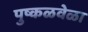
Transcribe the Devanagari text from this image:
पुष्कळवेळा